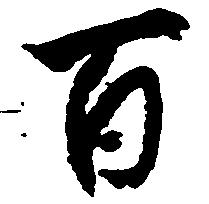
百